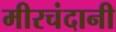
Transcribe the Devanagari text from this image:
मीरचंदानी